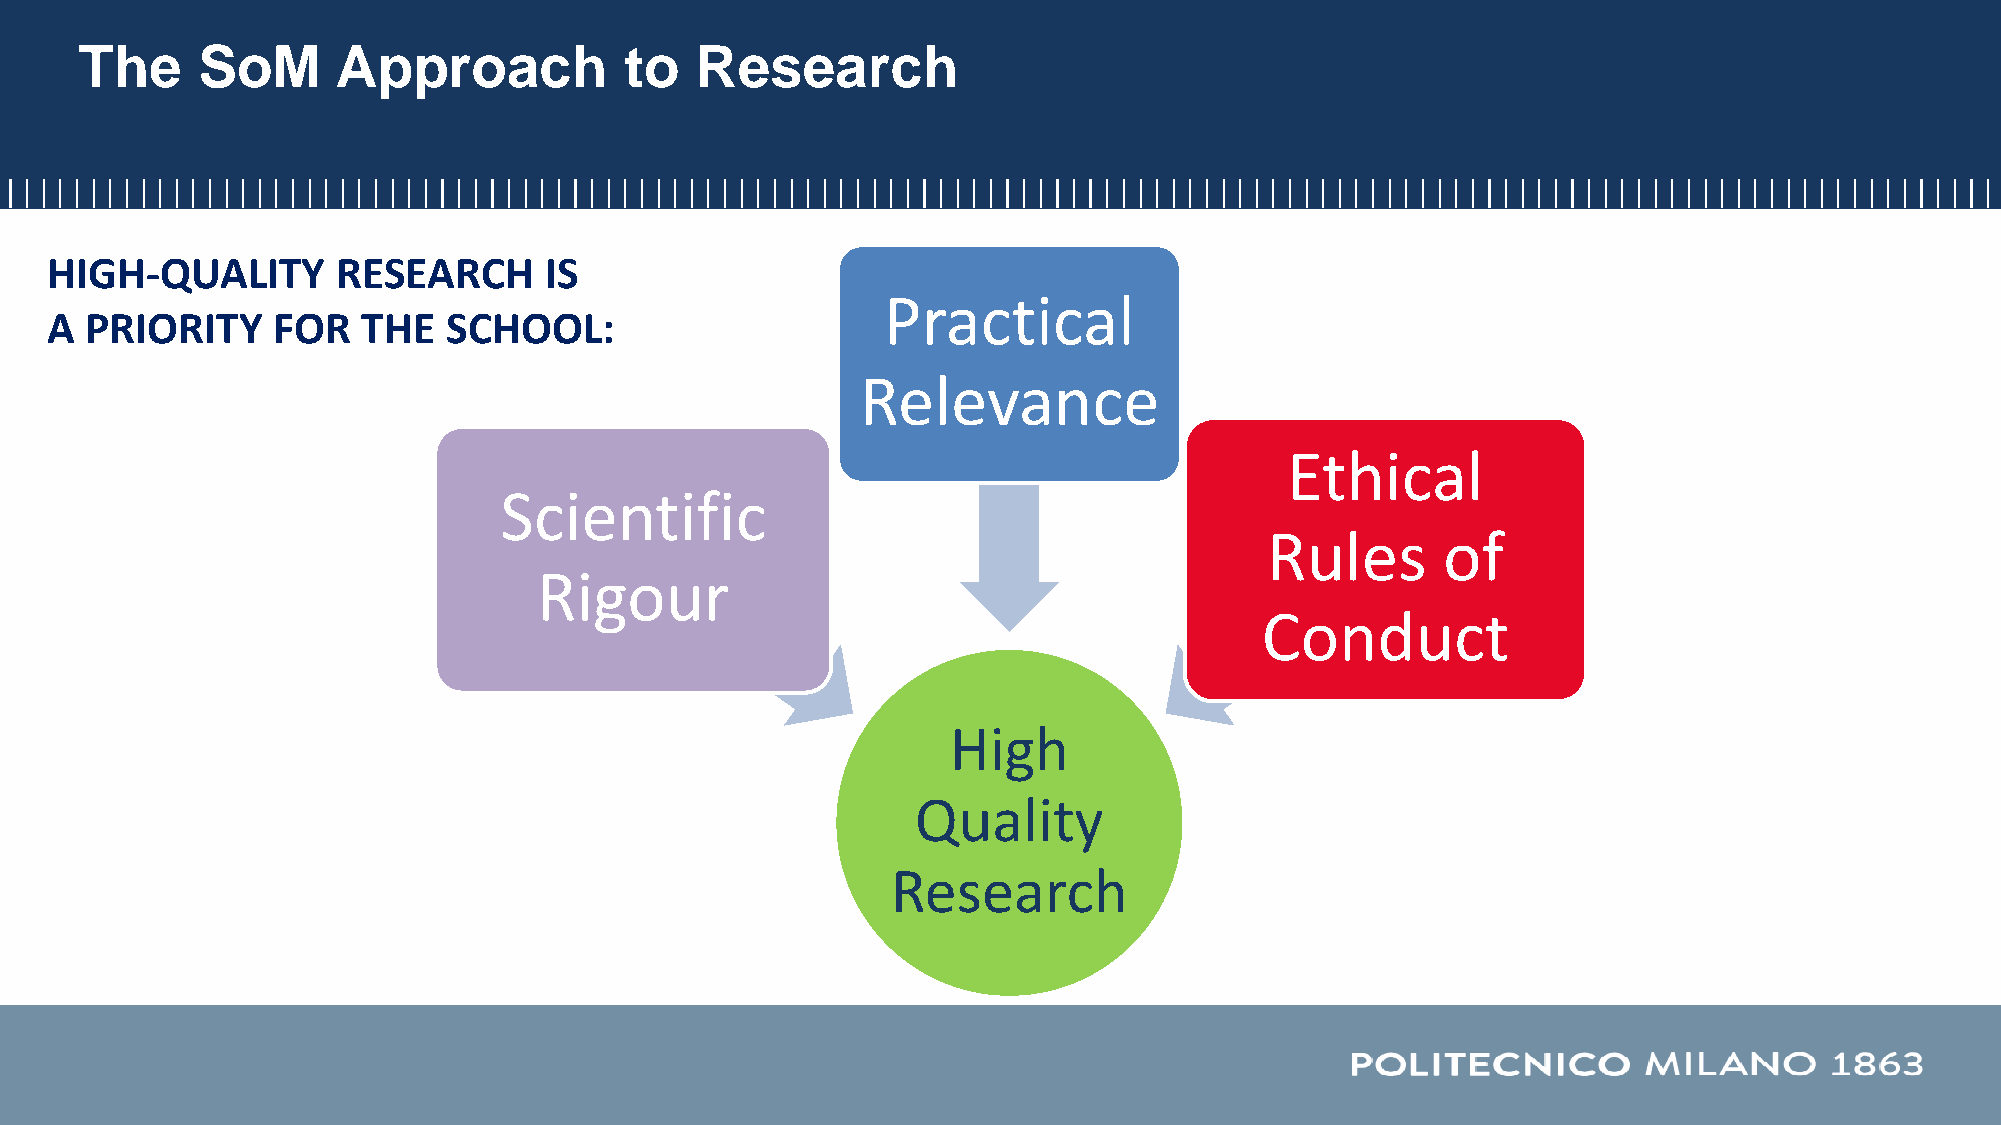
The     SoM      Approach           to   Research
 HIGH-QUALITY       RESEARCH      IS
 Practical
 A  PRIORITY    FOR   THE   SCHOOL:
 Relevance
 Ethical
 Scientific
 Rules      of
 Rigour
 Conduct
 High
 Quality
 Research